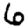
Digit: 6